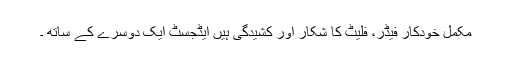
مکمل خودکار فیڈر، فلیٹ کا شکار اور کشیدگی ہیں ایڈجسٹ ایک دوسرے کے ساتھ ۔